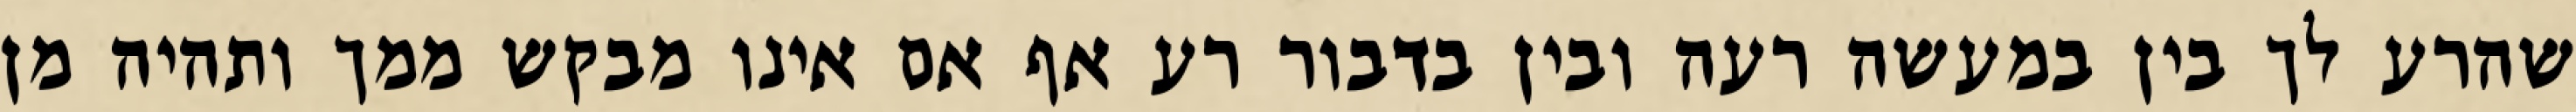
שהרע לך בין במעשה רעה ובין בדבור רע אף אם אינו מבקש ממך ותהיה מן